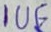
Text: 1UF